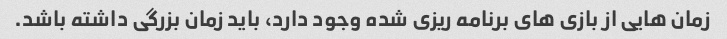
زمان هایی از بازی های برنامه ریزی شده وجود دارد، باید زمان بزرگی داشته باشد.